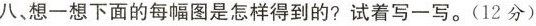
八、想一想下面的每幅图是怎样得到的?试着写一写。(12分)